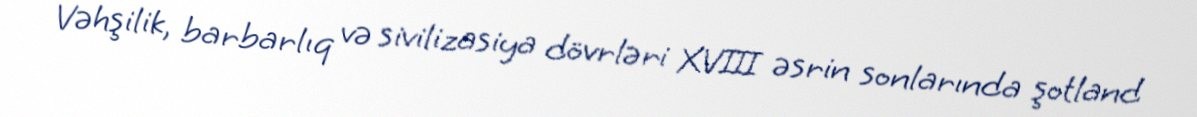
Vəhşilik, barbarlıq və sivilizasiya dövrləri XVIII əsrin sonlarında şotland